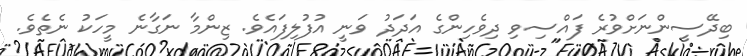
ބިދޭސީންނަށްވުރެ ފައްސިވި ދިވެހިންގެ އަދަދު ވަނީ އުފުލިފައެވެ. ޒިންމާ ނަގާނެ މީހަކު ނެތެވެ.